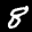
Label: 8